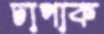
চাপাক